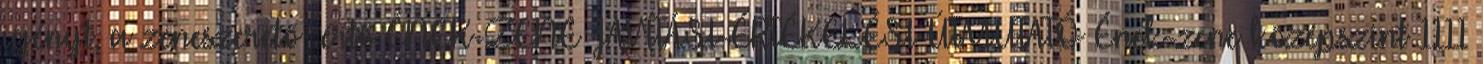
igényt, a zeneszerető értő ÉNEK-ZENE JAVÍTÁSI-ÉRTÉKELÉSI ÚTMUTATÓ Ének-zene középszint 1111